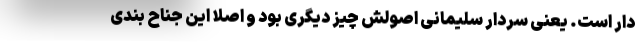
دار است. یعنی سردار سلیمانی اصولش چیز دیگری بود و اصلا این جناح بندی